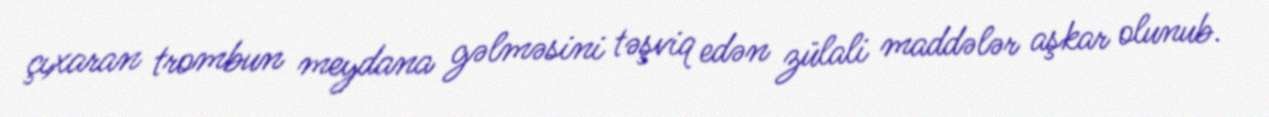
çıxaran trombun meydana gəlməsini təşviq edən zülali maddələr aşkar olunub.